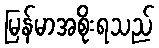
မြန်မာအစိုးရသည်